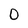
Character: 0